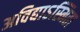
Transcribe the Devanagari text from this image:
अविद्याऽस्मिता